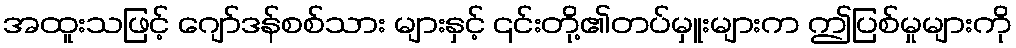
အထူးသဖြင့် ဂျော်ဒန်စစ်သား များနှင့် ၎င်းတို့၏တပ်မှူးများက ဤပြစ်မှုများကို